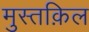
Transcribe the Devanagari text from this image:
मुस्तक़िल